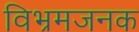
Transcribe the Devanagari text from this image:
विभ्रमजनक